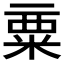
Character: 𱹅